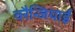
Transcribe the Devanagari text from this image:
वरैन्जियाई